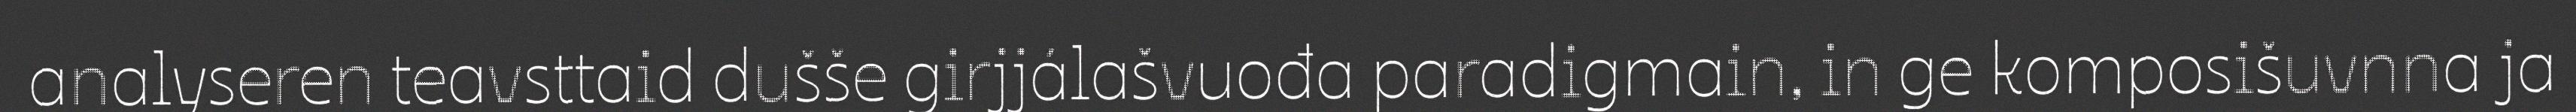
analyseren teavsttaid dušše girjjálašvuođa paradigmain, in ge komposišuvnna ja